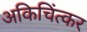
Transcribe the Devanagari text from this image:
अकिचिंत्कर